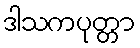
ဒါသကပုတ္တာ